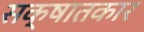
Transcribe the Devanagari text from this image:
सक्षातकार